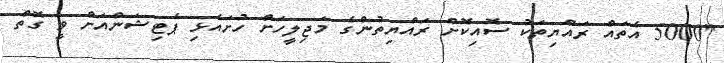
"5000 އެތައް ރައްޔިތަކު ސޮއިކޮށް ރައްޔިތުންގެ މަޖިލީހަށް ހުށައެޅި ޕެޓިޝަންއަށް ވީ ގޮތް